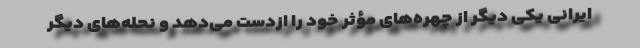
ایرانی یکی دیگر از چهره‌های مؤثر خود را ازدست می‌دهد و نحله‌های دیگر